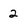
Character: 2